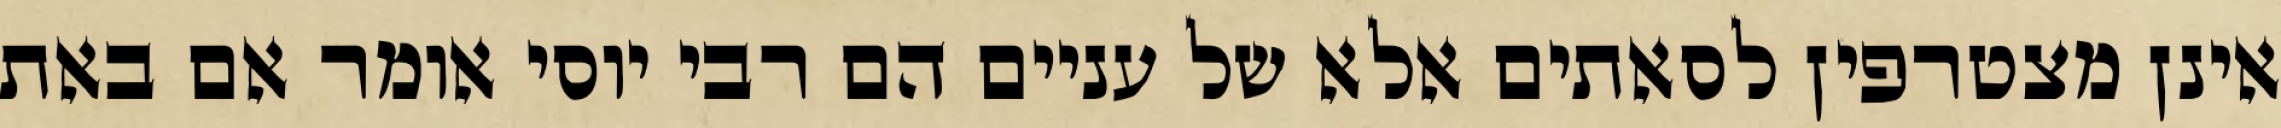
אינן מצטרפין לסאתים אלא של עניים הם רבי יוסי אומר אם באת